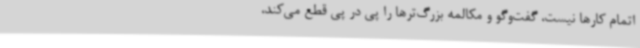
اتمام کارها نیست، گفت‌وگو و مکالمه بزرگ‌ترها را پی در پی قطع می‌کند،